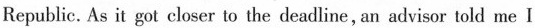
Republic. As it got clocer to the deadlline,mn alvisor told me l